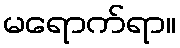
မရောက်ရာ။